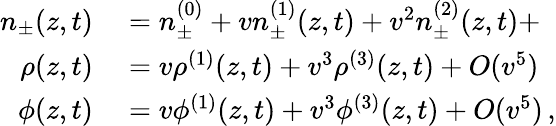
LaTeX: \begin{array}{rl}{n_{\pm}(z,t)}&{{}=n_{\pm}^{(0)}+vn_{\pm}^{(1)}(z,t)+v^{2}n_{\pm}^{(2)}(z,t)+}\\ {\rho(z,t)}&{{}=v\rho^{(1)}(z,t)+v^{3}\rho^{(3)}(z,t)+O(v^{5})}\\ {\phi(z,t)}&{{}=v\phi^{(1)}(z,t)+v^{3}\phi^{(3)}(z,t)+O(v^{5})\, ,}\end{array}